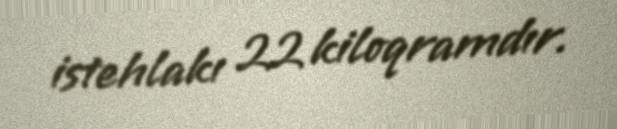
istehlakı 22 kiloqramdır.